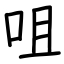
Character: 咀